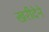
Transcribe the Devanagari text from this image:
खरीदेने